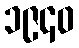
၁၉၄၀